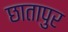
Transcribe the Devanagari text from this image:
छातापुर